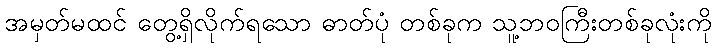
အမှတ်မထင် တွေ့ရှိလိုက်ရသော ဓာတ်ပုံ တစ်ခုက သူ့ဘဝကြီးတစ်ခုလုံးကို